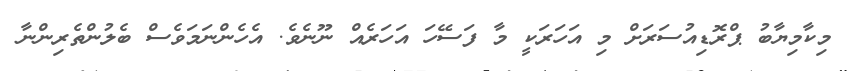
މިކާމިޔާބު ޕްރޮޑިއުސަރަށް މި އަހަރަކީ މާ ފަސޭހަ އަހަރެއް ނޫނެވެ. އެހެންނަމަވެސް ބެލުންތެރިންނާ